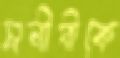
মনীষীকে